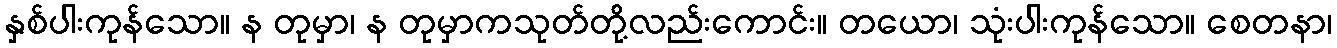
နှစ်ပါးကုန်သော။ န တုမှာ၊ န တုမှာကသုတ်တို့လည်းကောင်း။ တယော၊ သုံးပါးကုန်သော။ စေတနာ၊